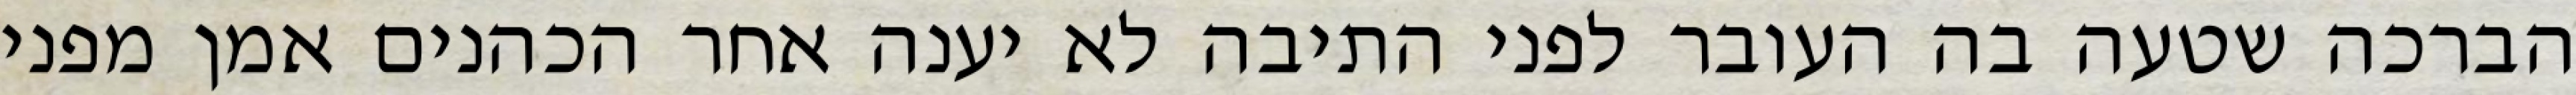
הברכה שטעה בה העובר לפני התיבה לא יענה אחר הכהנים אמן מפני